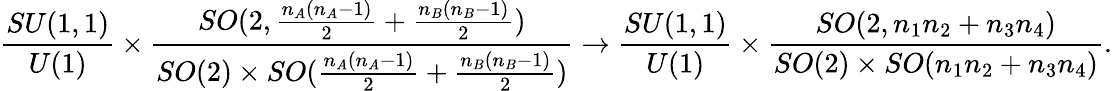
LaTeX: \frac{SU(1,1)}{U(1)}\times\frac{SO(2,\frac{n_{A}(n_{A}-1)}{2}+\frac{n_{B}(n_{B}-1)}{2})}{SO(2)\times SO(\frac{n_{A}(n_{A}-1)}{2}+\frac{n_{B}(n_{B}-1)}{2})}\to\frac{SU(1,1)}{U(1)}\times\frac{SO(2,n_{1}n_{2}+n_{3}n_{4})}{SO(2)\times SO(n_{1}n_{2}+n_{3}n_{4})}.